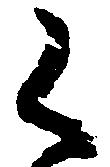
く